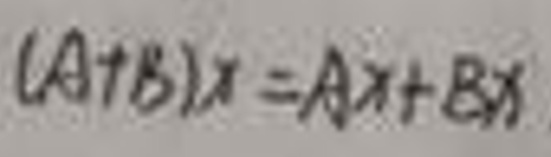
$( A + B ) x = A x + B x$